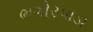
ભગોરપાડા